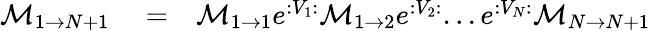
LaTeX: \begin{array}{rlr}{\mathcal{M}_{1\rightarrow N+1}}&{{}=}&{\mathcal{M}_{1\rightarrow 1}e^{:V_{1}:}\mathcal{M}_{1\rightarrow 2}e^{:V_{2}:}...e^{:V_{N}:}\mathcal{M}_{N\rightarrow N+1}}\end{array}